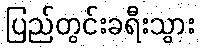
ပြည်တွင်းခရီးသွား